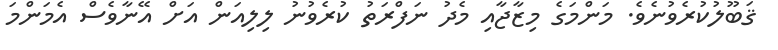
ޤަބޫލުކުރެވުނެވެ. މަންމަގެ މިޒާޖާއި މެދު ނަފްރަތު ކުރެވުނު ލިލިއަން އަށް އޭނާވެސް އެމަަންމަ